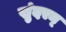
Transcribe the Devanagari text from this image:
सुंदरम्‌